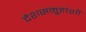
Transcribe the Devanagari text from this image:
देशसमू्हांशी